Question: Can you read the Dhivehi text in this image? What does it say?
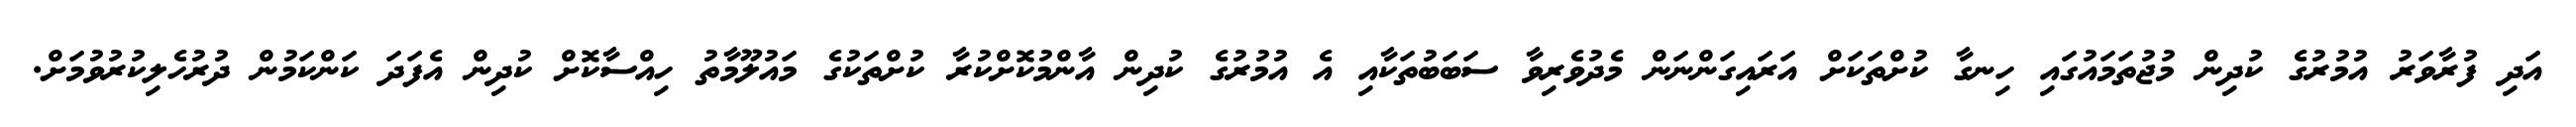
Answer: އަދި ފުރާވަރު އުމުރުގެ ކުދިން މުޖުތަމައުގައި ހިނގާ ކުށްތަކަށް އަރައިގަންނަން މެދުވެރިވާ ސަބަބުތަކާއި އެ އުމުރުގެ ކުދިން އާންމުކޮށްކުރާ ކުށްތަކުގެ މައުލޫމާތު ހިއްސާކޮށް ކުދިން އެފަދަ ކަންކަމުން ދުރުހެލިކުރުވުމަށް.